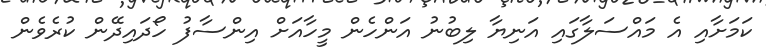
ކަމަށާއި އެ މައްސަލާގައި އަނިޔާ ލިބުނު އަންހެން މީހާއަށް އިންސާފު ހޯދައިދޭން ކުރެވެން